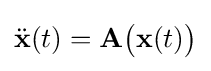
{\ddot {\mathbf {x} }}(t)=\mathbf {A} {\bigl (}\mathbf {x} (t){\bigr )}